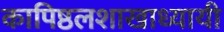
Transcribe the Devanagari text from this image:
कापिष्ठलशाखाध्यायी